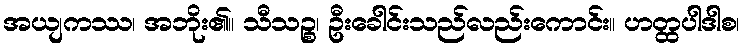
အယျကဿ၊ အဘိုး၏။ သီသဉ္စ၊ ဦးခေါင်းသည်လည်းကောင်း။ ဟတ္ထပါဒါစ၊